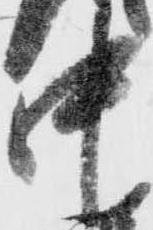
中